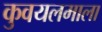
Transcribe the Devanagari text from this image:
कुवयलमाला